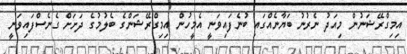
އިމިގްރޭޝަނުން މިއަދު ނެރުނު ބަޔާނެއްގައި ބުނެފައިވަނީ އެމީހުން އިމިގްރޭޝަންގެ ބެލުމުގެ ދަށަށް ގެނެސްފައިވަނީ